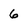
Character: 6